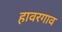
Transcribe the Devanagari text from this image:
हावरगाव